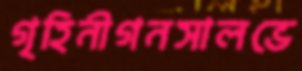
গৃহিনীগনসালভে